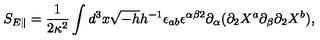
S _ { E \parallel } = \frac { 1 } { 2 \kappa ^ { 2 } } \int d ^ { 3 } x \sqrt { - h } h ^ { - 1 } \epsilon _ { a b } \epsilon ^ { \alpha \beta 2 } \partial _ { \alpha } ( \partial _ { 2 } X ^ { a } \partial _ { \beta } \partial _ { 2 } X ^ { b } ) ,